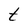
Character: t